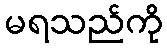
မရသည်ကို